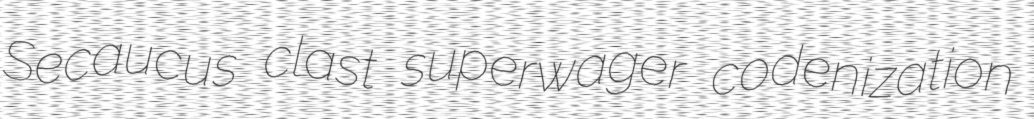
Secaucus clast superwager codenization